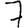
Digit: 7